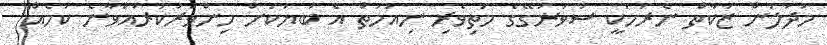
މުދަލުން ޒަކާތް ނެރުމަކީ ސުވަރުގޭގެ މަތިވެރި ނިއުމަތް އެ ބަޔަކަށް މިންވަރުކުރައްވާނެ ކަމެއް"